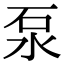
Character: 泵